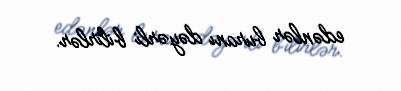
edənlər buranı dəyərli bilirlər.